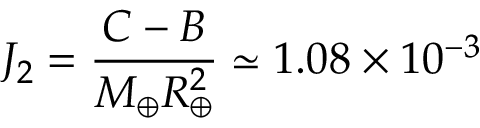
J _ { 2 } = { \frac { C - B } { M _ { \oplus } R _ { \oplus } ^ { 2 } } } \simeq 1 . 0 8 \times 1 0 ^ { - 3 }